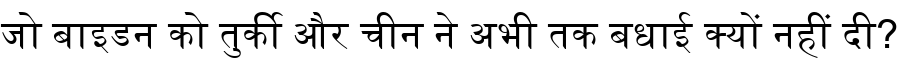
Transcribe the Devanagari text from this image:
जो बाइडन को तुर्की और चीन ने अभी तक बधाई क्यों नहीं दी?